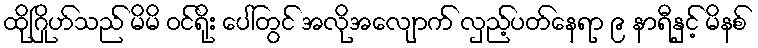
ထိုဂြိုဟ်သည် မိမိ ဝင်ရိုး ပေါ်တွင် အလိုအလျောက် လှည့်ပတ်နေရာ ၉ နာရီနှင့် မိနစ်